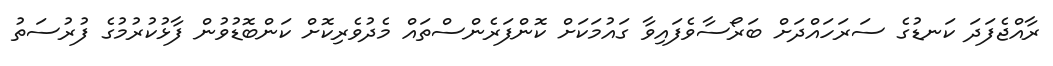
ރާއްޖެފަދަ ކަނޑުގެ ސަރަހައްދަށް ބަރޯސާވެފައިވާ ގައުމަކަށް ކޮންފަރެންސްތައް މެދުވެރިކޮށް ކަންބޮޑުވުން ފާޅުކުރުމުގެ ފުރުސަތު